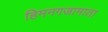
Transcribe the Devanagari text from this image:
हिमनगजामाता